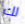
لك